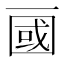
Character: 𰀖